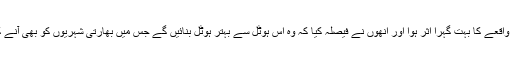
جمشید جی پر اس واقعے کا بہت گہرا اثر ہوا اور انھوں نے فیصلہ کیا کہ وہ اس ہوٹل سے بہتر ہوٹل بنائیں گے جس میں بھارتی شہریوں کو بھی آنے کی اجازت ہو گی۔